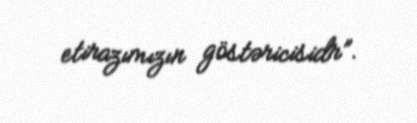
etirazımızın göstəricisidr”.